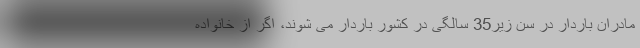
مادران باردار در سن زیر35 سالگی در کشور باردار می شوند، اگر از خانواده